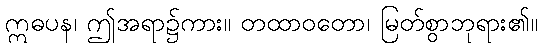
ဣဓပန၊ ဤအရာ၌ကား။ တထာဝတော၊ မြတ်စွာဘုရား၏။